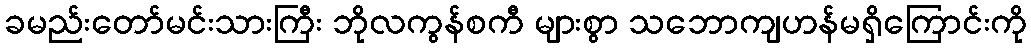
ခမည်းတော်မင်းသားကြီး ဘိုလကွန်စကီ များစွာ သဘောကျဟန်မရှိကြောင်းကို